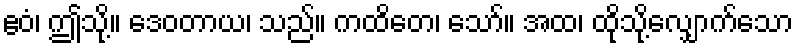
ဧဝံ၊ ဤသို့။ ဒေဝတာယ၊ သည်။ ကထိတေ၊ သော်။ အထ၊ ထိုသို့လျှောက်သော